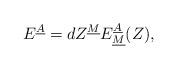
LaTeX: \begin{align*}E^{\underline A}=dZ^{\underline M}E^{\underline A}_{\underline M}(Z),\end{align*}